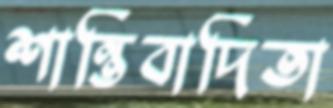
শান্তিবাদিতা